Report of the Indian Hemp Drugs Commission, 1894-1895 - Volume VI
Year: 1894
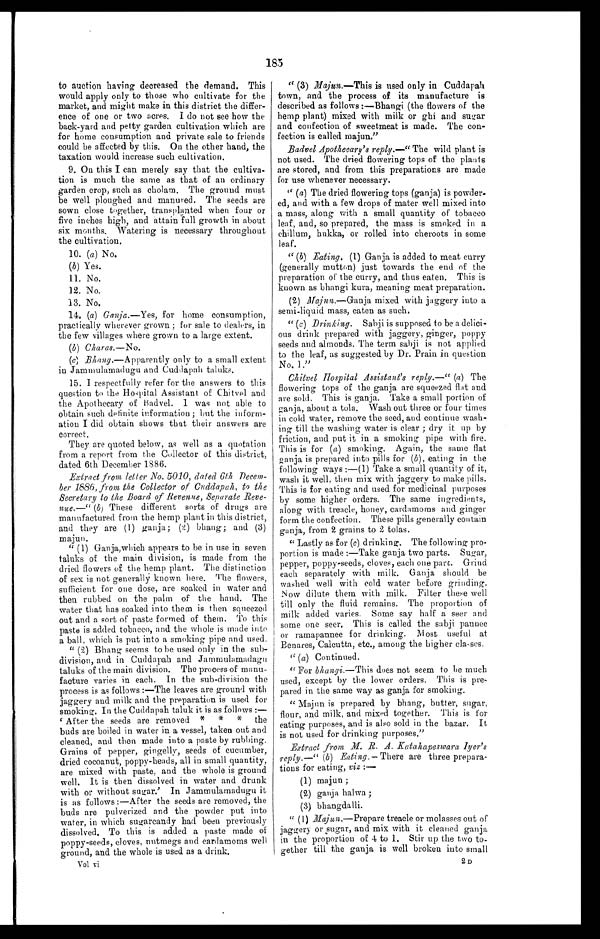
185
to auction having decreased the demand. This
would apply only to those who cultivate for the
market, and might make in this district the differ-
- e n c e o f o n e o r t w o a c r e s . I d o n o t s e e h o w t h e
back-yard and petty garden cultivation which are
for home consumption and private sale to friends
could be affected by this. On the other hand, the
taxation would increase such cultivation.
9. On this I can merely say that the cultiva-
tion is much the same as that of an ordinary
garden crop, such as cholam. The ground must
be well ploughed and manured. The seeds are
sown close together, transplanted when four or
five inches high, and attain full growth in about
six months. Watering is necessary throughout
the cultivation.
10. ( a) No.
( b ) Yes.
11. No.
12. No.
13. No.
14. (a) Ganja.—Yes, for home consumption,
practically wherever grown; for sale to dealers, in
the few villages where grown to a large extent.
(b) Charas.—No.
(c) Bhang .—Apparently only to a small extent
in Jammulamadugu and Cuddapah taluks.
15. I respectfully refer for the answers to this
question to the Hospital Assistant of Chitvel and
the Apothecary of Badvel. I was not able to
obtain such definite information; but the inform-
ation I did obtain shows that their answers are
correct.
They are quoted below, as well as a quotation
from a report from the Collector of this district,
dated 6th December 1886.
Extract from letter No. 5010, dated 6th. Decem-
ber 1886, from the Collector of Cuddapah, to the
Secretary to the Board of Revenue, Separate
R e v e - n u e . — "
( b )
T h e s e d i f f e r e n t s o r t s o f d r u g s a r e
manufactured from the hemp plant in this district,
and they are (1) ganja; (2) bhang; and (3)
majun.
"(1) Ganja, which appears to be in use in seven
taluks of the main division, is made from the
dried flowers of the hemp plant. The distinction
of sex is not generally known here. The flowers,
sufficient for one dose, are soaked in water and
then rubbed on the palm of the hand. The
water that has soaked into them is then squeezed
out and a sort of paste formed of them. To this
paste is added tobacco, and the whole is made into
a ball, which is put into a smoking pipe and used
.
"(2) Bhang seems to be used only in the sub-
division, and in Cuddapah and Jammulamadagu
taluks of the main division. The process of manu-
facture varies in each. In the sub-division the
process is as follows:—The leaves are ground with
jaggery and milk and the preparation is used for
smoking. In the Cuddapah taluk it is as follows:—
' A f t e r t h e s e e d s a r e r e m o v e d * * * t h e
buds are boiled in water in a vessel, taken out and
cleaned, and then made into a paste by rubbing.
Grains of pepper, gingelly, seeds of cucumber,
dried cocoanut, poppy-heads, all in small quantity,
are mixed with paste, and the whole is ground
well. It is then dissolved in water and drunk
with or without sugar.' In Jammulamadugu it
is as follows:—After the seeds are removed, the
buds are pulverized and the powder put into
water, in which sugarcandy had been previously
dissolved. To this is added a paste made of
poppy-seeds, cloves, nutmegs and cardamoms well
g r o u n d , a n d t h e w h o l e i s u s e d a s a d r i n k .
Vol vi
"(3) Majun. —This is used only in Cuddapah
town, and the process of its manufacture is
described as follows:—Bhangi (the flowers of the
hemp plant) mixed with milk or ghi and sugar
and confection of sweetmeat is made. The con-
- f e c t i o n i s c a l l e d m a j u n . "
Badvel Apothecary's reply.—" The wild plant is
not used. The dried flowering tops of the plants
are stored, and from this preparations are made
for use whenever necessary.
"(a) The dried flowering tops (ganja) is powder-
ed, and with a few drops of mater well mixed into
a mass, along with a small quantity of tobacco
leaf, and, so prepared, the mass is smoked in a
chillum, hukka, or rolled into cheroots in some
leaf.
"( b ) Eating. (1) Ganja is added to meat curry
(generally mutton) just towards the end of the
preparation of the curry, and thus eaten. This is
known as bhangi kura, meaning meat preparation.
(2) Majun.—Ganja mixed with jaggery into a
semi-liquid mass, eaten as such.
"( c ) Drinking. Sabji is supposed to be a delici-
ous drink prepared with jaggery, ginger, poppy
seeds and almonds. The term sabji is not applied
to the leaf, as suggested by Dr. Prain in question
No. 1."
Chitvel Hospital Assistant's reply.—" (a) The
flowering tops of the ganja are squeezed flat and
are sold. This is ganja. Take a small portion of
ganja, about a tola. Wash out three or four times
in cold water, remove the seed, and continue wash-
- i n g t i l l t h e w a s h i n g w a t e r i s c l e a r ; d r y i t u p b y
friction, and put it in a smoking pipe with fire.
This is for ( a) smoking. Again, the same flat
ganja is prepared into pills for (b), eating in the
following ways:—(1) Take a small quantity of it,
wash it well, then mix with jaggery to make pills.
This is for eating and used for medicinal purposes
by some higher orders. The same ingredients,
along with treacle, honey, cardamoms and ginger
form the confection. These pills generally contain
ganja, from 2 grains to 2 tolas.
"Lastly as for ( c) drinking. The following pro-
portion is made:—Take ganja two parts. Sugar,
pepper, poppy-seeds, cloves, each one part. Grind
each separately with milk. Ganja should be
washed well with cold water before grinding.
Now dilute them with milk. Filter these well
till only the fluid remains. The proportion of
milk added varies. Some say half a seer and
some one seer. This is called the sabji pannee
or ramapannee for drinking. Most useful at
Benares, Calcutta, etc., among the higher classes.
"(a) Continued.
"For bhangi.— This does not seem to be much
used, except by the lower orders. This is pre-
pared in the same way as ganja for smoking.
"Majun is prepared by bhang, butter, sugar,
flour, and milk, and mixed together. This is for
eating purposes, and is also sold in the bazar. It
is not used for drinking purposes."
Extract from M. R. A. Katahapeswara Iyer's
reply.—" (b) Eating.— There are three prepara-
tions for eating, viz :—
(1) majun;
(2) ganja halwa;
(3) bhangdalli.
"(1) Majun.—Prepare treacle or molasses out of
jaggery or sugar, and mix with it cleaned ganja
in the proportion of 4 to 1. Stir up the two to-
- g e t h e r t i l l t h e g a n j a i s w e l l b r o k e n i n t o s m a l l
2D